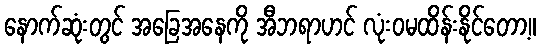
နောက်ဆုံးတွင် အခြေအနေကို အီဘရာဟင် လုံးဝမထိန်းနိုင်တော့။